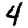
Digit: 4